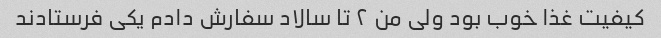
کیفیت غذا خوب بود ولی من ۲ تا سالاد سفارش دادم یکی فرستادند